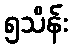
၅သိန်း